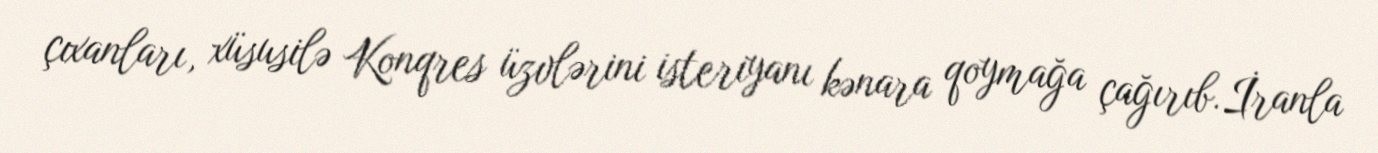
çıxanları, xüsusilə Konqres üzvlərini isteriyanı kənara qoymağa çağırıb.İranla